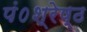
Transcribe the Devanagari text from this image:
पं०श्रेष्ठ